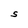
Character: S